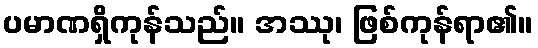
ပမာဏရှိကုန်သည်။ အဿု၊ ဖြစ်ကုန်ရာ၏။